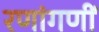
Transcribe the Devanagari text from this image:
रणांगणीं